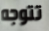
تتوجه